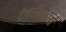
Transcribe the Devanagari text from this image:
टॅक्सीवाला